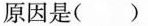
原因是()